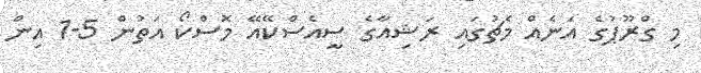
މި ގްރޫޕުގެ އަނެއް މެޗުގައި ރަޝިއާގެ ސީއެސްކޭއޭ މޮސްކޯ އަތުން 5-1 އިން